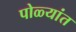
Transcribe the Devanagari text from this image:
पोळ्यांत